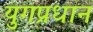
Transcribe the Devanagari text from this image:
युगप्रधान